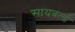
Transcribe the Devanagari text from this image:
सायवर्ल्ड